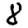
Digit: 8